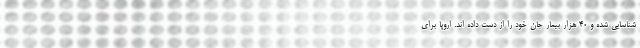
شناسایی شده و ۴۰ هزار بیمار جان خود را از دست داده اند. اروپا برای